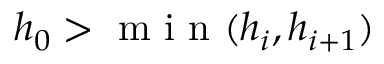
h _ { 0 } > \textrm { m i n } ( h _ { i } , h _ { i + 1 } )